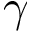
\gamma